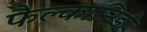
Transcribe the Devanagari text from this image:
फैल्कानिडी